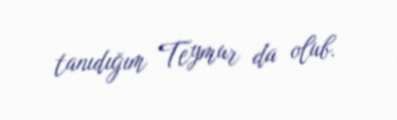
tanıdığım Teymur da olub.